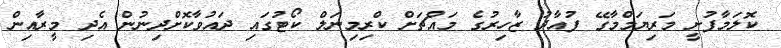
ކޮލަމާފުށީ މަރިޔަމްމާގޭ ފުއާދު ޒާހިރުގެ މައްޗަށް ކްރިމިނަލް ކޯޓުގައި ދައުވާކޮށްދިނުން އެދި މީރާއިން